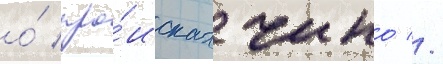
о́ про́исках чино //